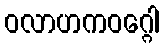
ဝလာဟကဝဂ္ဂေါ